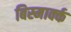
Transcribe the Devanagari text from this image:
बिस्मार्क्क